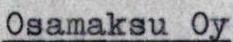
Osamaksu Oy